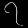
Digit: ၇